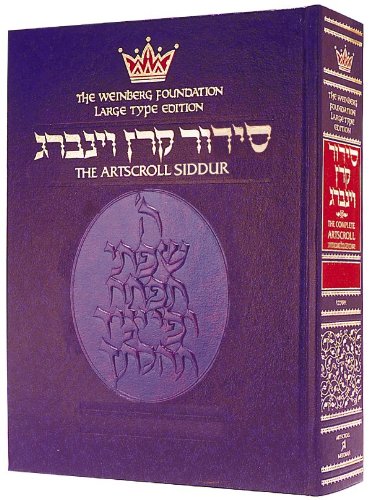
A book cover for Siddur: Hebrew/English: Sabbath and Festival Large Type - Ashkenaz; Meir Zlotowitz; Religion & Spirituality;